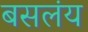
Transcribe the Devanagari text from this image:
बसलंय